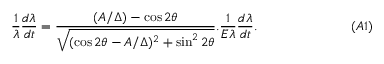
\frac { 1 } { \lambda } \frac { d \lambda } { d t } = \frac { ( { A } / { \Delta } ) - \cos 2 \theta } { \sqrt { ( \cos 2 \theta - A / \Delta ) ^ { 2 } + \sin ^ { 2 } 2 \theta } } . \frac { 1 } { E \lambda } \frac { d \lambda } { d t } . ~ ~ \eqno ( A 1 )